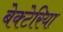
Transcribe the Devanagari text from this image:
बेक्टेरिया